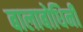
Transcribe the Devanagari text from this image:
बालाबोधिनी